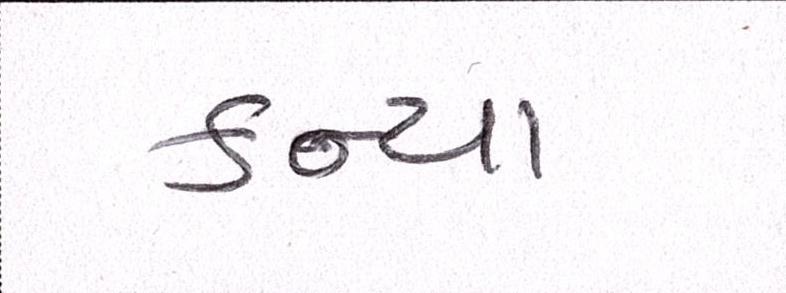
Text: કન્યા